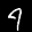
Label: 4